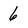
Character: 6